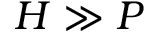
H \gg P